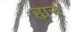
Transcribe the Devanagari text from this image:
ह्यर